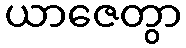
ယာဇေတွာ